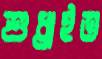
শুধ্‌রাইত